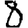
Digit: 8